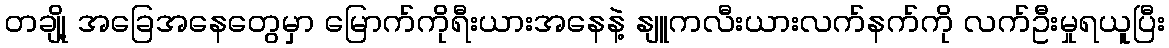
တချို့ အခြေအနေတွေမှာ မြောက်ကိုရီးယားအနေနဲ့ နျူကလီးယားလက်နက်ကို လက်ဦးမှုရယူပြီး